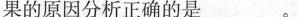
果的原因分析正确的是___。